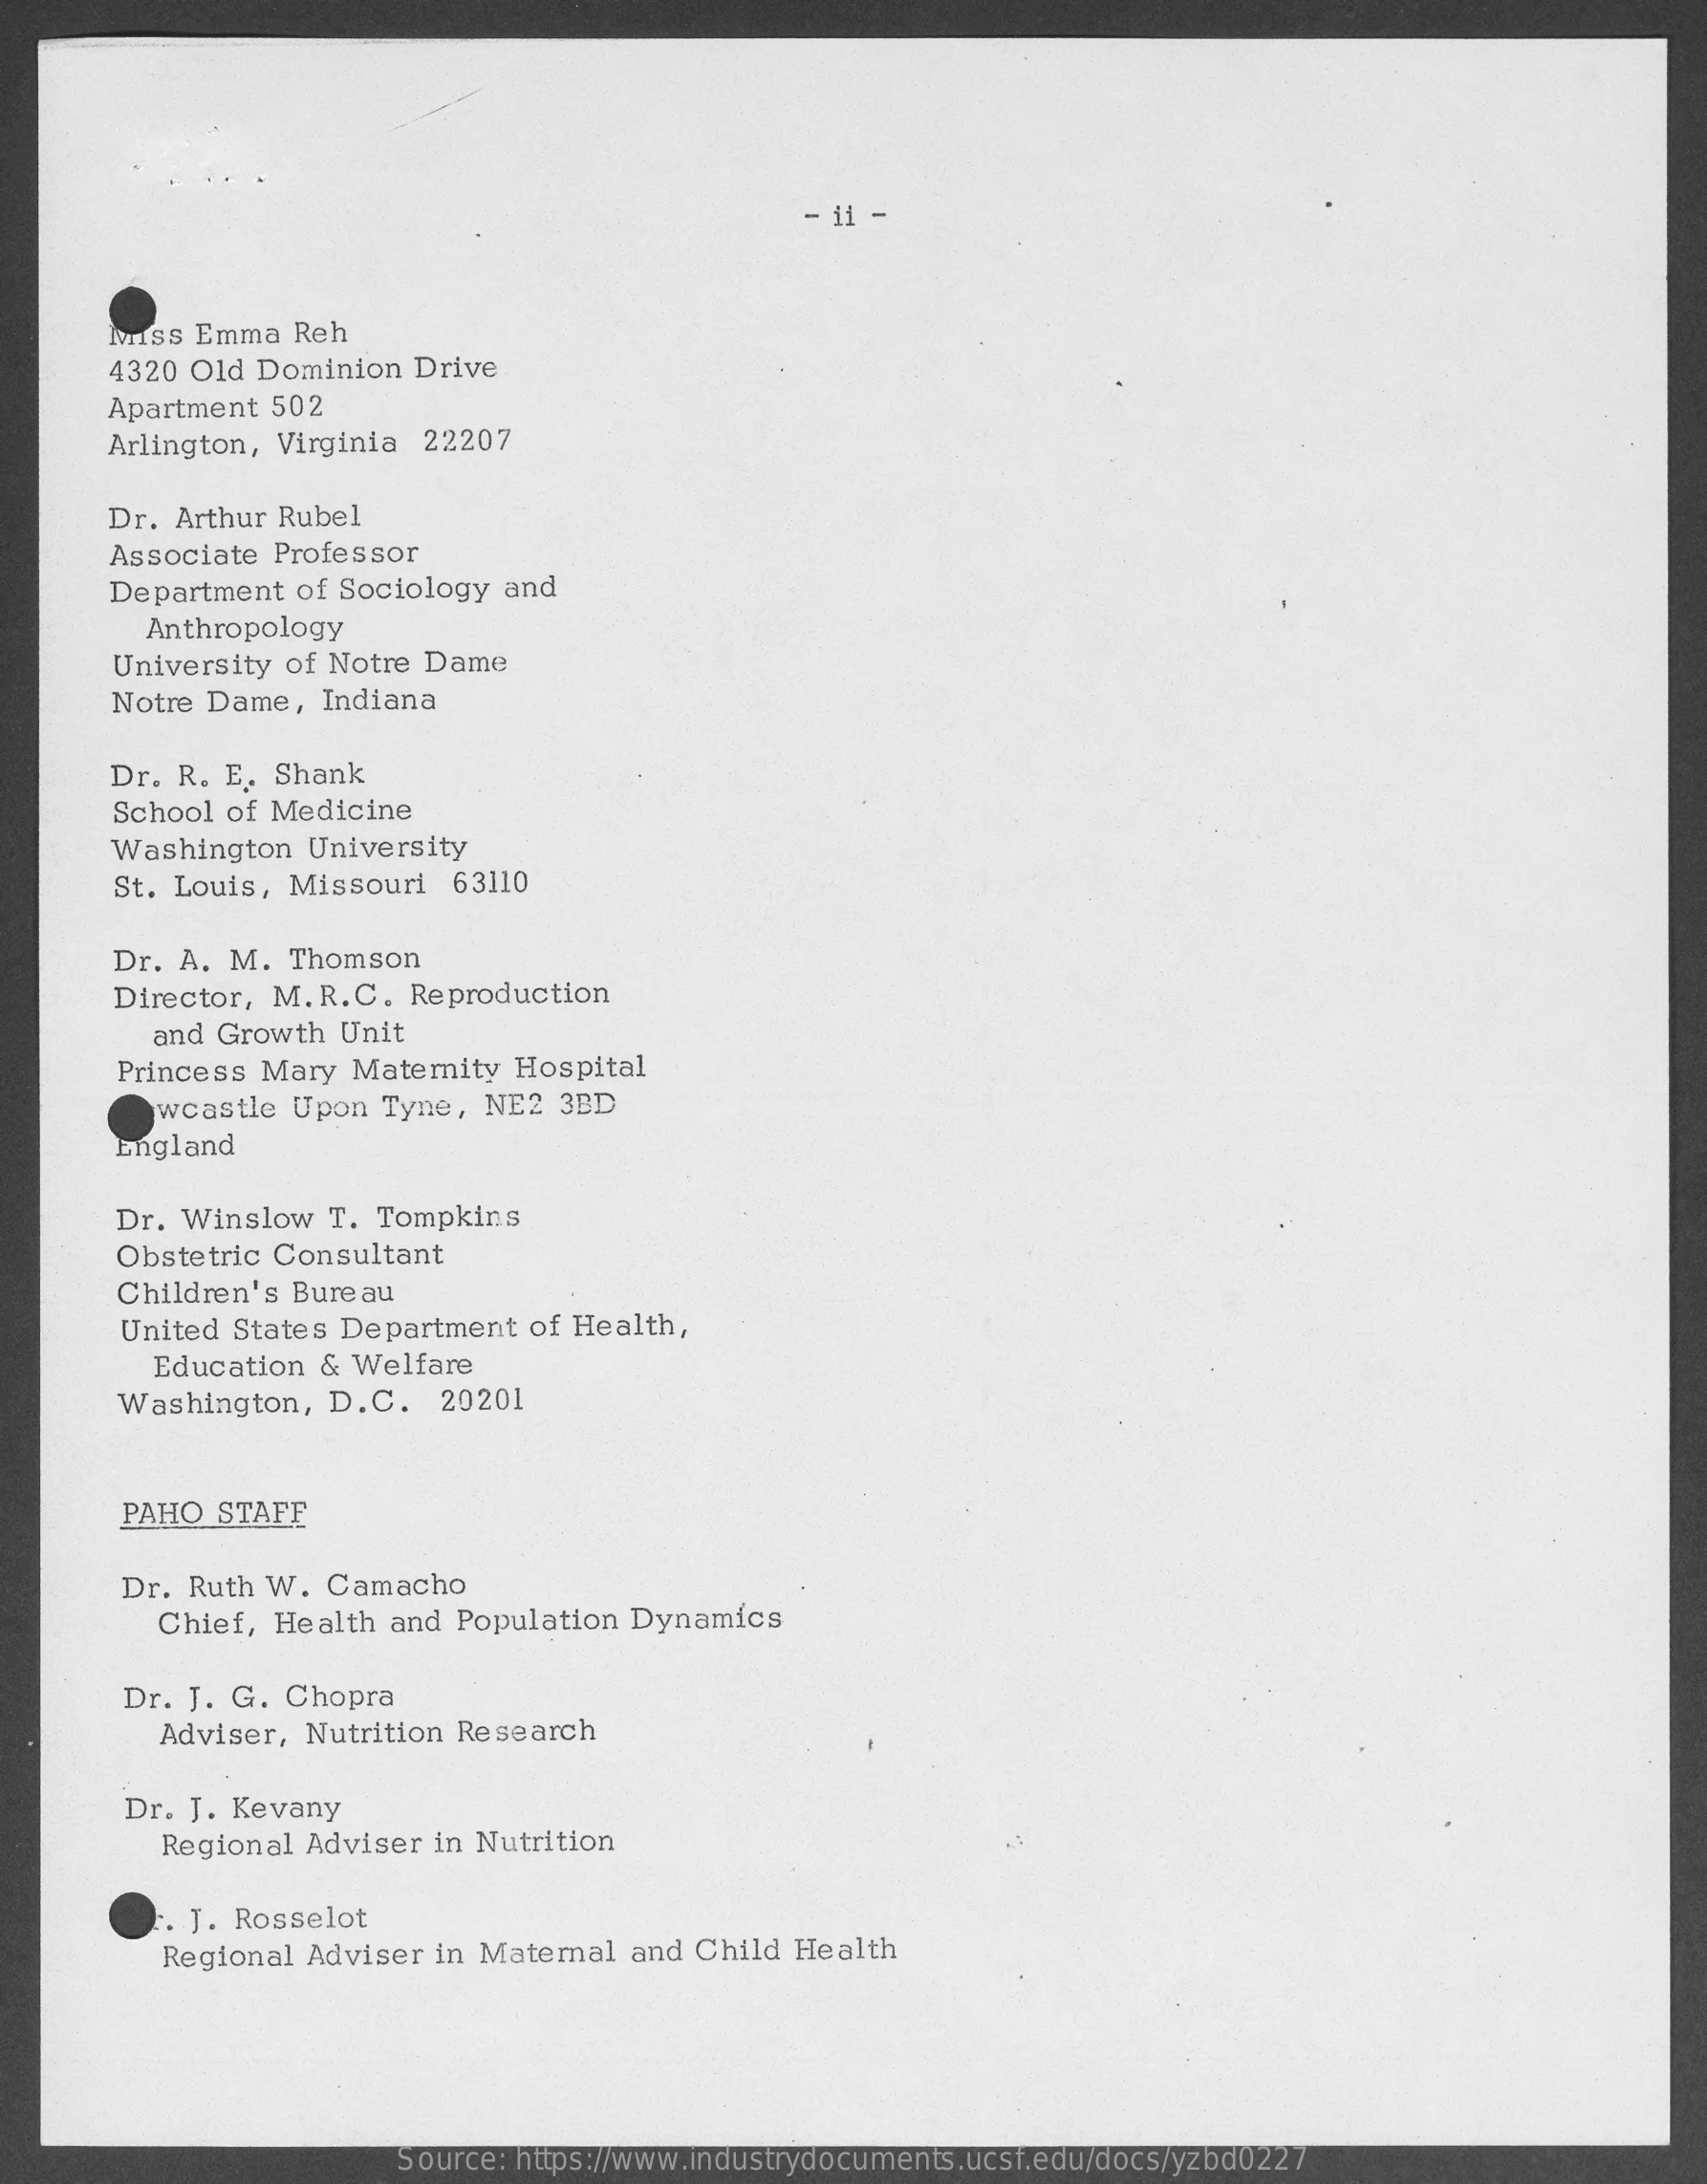
- ii -
     Miss  Emma  Reh
     4320 Old  Dominion  Drive
     Apartment  502
     Arlington, Virginia  22207
     Dr. Arthur Rubel
     Associate  Professor
     Department  of Sociology  and
     Anthropology
     University of Notre Dame
     Notre Dame,   Indiana
     Dr. R.  E. Shank
     School of Medicine
     Washington  University
     St. Louis, Missouri  63110
     Dr. A. M.  Thomson
     Director, M. R.C.  Reproduction
     and Growth  Unit
     Princess Mary  Matemity  Hospital
     wcastle  Upon  Tyne, NE2  3BD
     England
     Dr. Winslow  T.  Tompkins
     Obstetric Consultant
     Children's Bureau
     United States Department  of Health,
     Education  & Welfare
     Washington,  D.C.    20201
     PAHO  STAFF
     Dr. Ruth W.  Camacho
     Chief,  Health and  Population Dynamics
     Dr. J. G. Chopra
     Adviser, Nutrition Research
     Dr. J. Kevany
     Regional Adviser in Nutrition
     . J. Rosselot
     Regional Adviser in Maternal  and Child  Health
     Source: https://www.industrydocuments.ucsf.edu/docs/yzbd0227